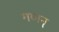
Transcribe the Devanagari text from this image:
गणन्